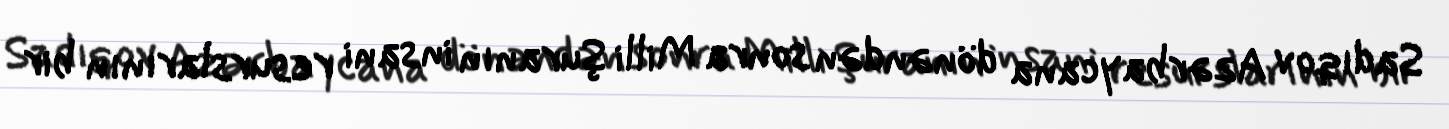
Sadıqov Azərbaycana dönəndən sonra Milli Şuranın insani resurslarının bir